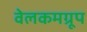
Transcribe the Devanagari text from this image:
वेलकमग्रूप